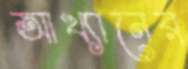
আখ্যানের